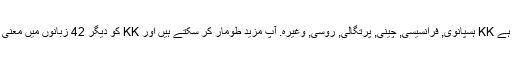
واپسی کے طور پر ، ہم کی مخفف کا ترجمہ کیا ہے KK ہسپانوی, فرانسیسی, چینی, پرتگالی, روسی, وغیرہ. آپ مزید طومار کر سکتے ہیں اور KK کو دیگر 42 زبانوں میں معنی تلاش کرنے کے لیے زبان مینیو پر کلک کریں ۔